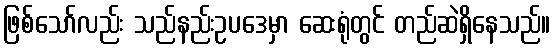
ဖြစ်သော်လည်း သည်နည်းဥပဒေမှာ ဆေးရုံတွင် တည်ဆဲရှိနေသည်။